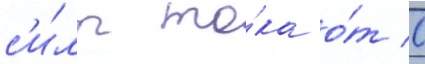
с'и́лы то́ка о́т 0